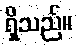
ရှိသည်။